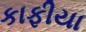
કાફીયા